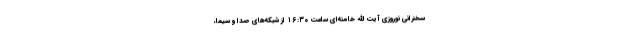
سخنرانی نوروزی آیت الله خامنه‌ای ساعت ۱۶:۳۰ از شبکه‌های صدا و سیما،